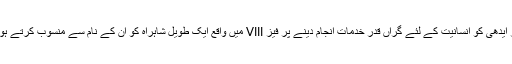
ڈیفنس ہاؤسنگ اتھارٹی (ڈی ایچ اے) نے عبدالستار ایدھی کو انسانیت کے لئے گراں قدر خدمات انجام دینے پر فیز VIII میں واقع ایک طویل شاہراہ کو ان کے نام سے منسوب کرتے ہوئے ان کے نام کے بورڈز بھی نصب کردیئے ہیں۔